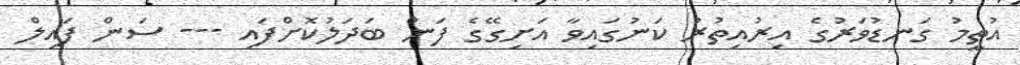
އުތީމު ގަނޑުވަރުގެ އިރުއިތުރު ކަނުގައިވާ އަށިގޭގެ ފަން ބަދަލުކޮށްފައި --- ސަން ފައިލް